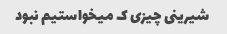
شیرینی چیزی ک میخواستیم نبود